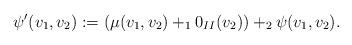
LaTeX: \begin{align*}\psi'(v_1,v_2):=(\mu(v_1,v_2)+_10_{II}(v_2))+_2\psi(v_1,v_2).\end{align*}